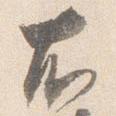
右